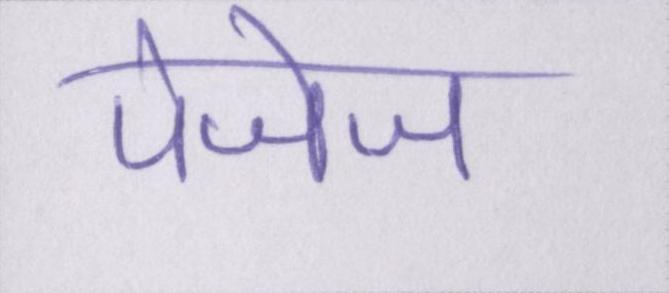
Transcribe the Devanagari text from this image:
पेजेज